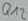
Text: Q12